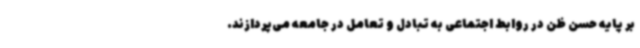
بر پایه حسن ظن در روابط اجتماعی به تبادل و تعامل در جامعه می‌پردازند.